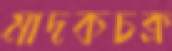
মাদকচক্র